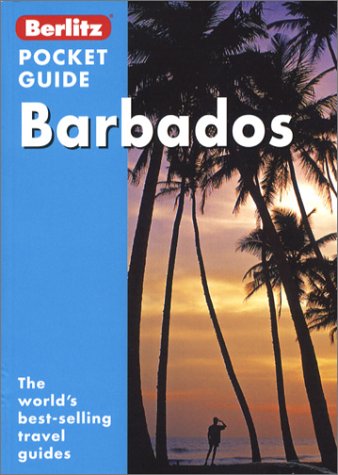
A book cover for Barbados (Berlitz Pocket Guides); Caroline Radula-Scott; Travel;